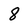
Character: 8